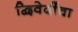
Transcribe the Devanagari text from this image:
द्विवेदींचा